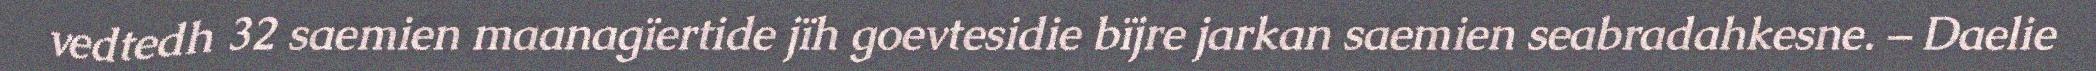
vedtedh 32 saemien maanagïertide jïh goevtesidie bïjre jarkan saemien seabradahkesne. – Daelie